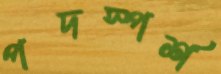
পদস্পর্শ